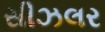
સીઝલર